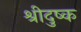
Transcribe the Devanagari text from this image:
श्रीदुष्क